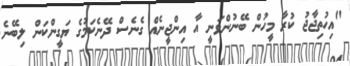
"އިހުތިޖާޖު ކުރާ މީހުން ބޭނުންވަނީ އާ އިންޖީނެއް ގެނެސް ދޭނެކަމުގެ ޔަގީންކަން ލިބޭނެ